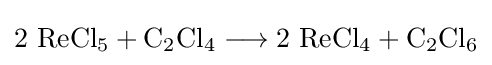
\mathrm {2\ ReCl_{5}+C_{2}Cl_{4}\longrightarrow 2\ ReCl_{4}+C_{2}Cl_{6}}